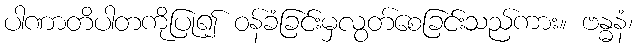
ပါဏာတိပါတကိုပြု၍ ဝန်ခံခြင်းမှလွတ်စေခြင်းသည်ကား။ ဗန္ဓနံ၊